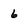
Character: 6